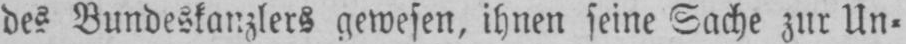
des Bundeskanzlers gewesen, ihnen seine Sache zur Un⸗